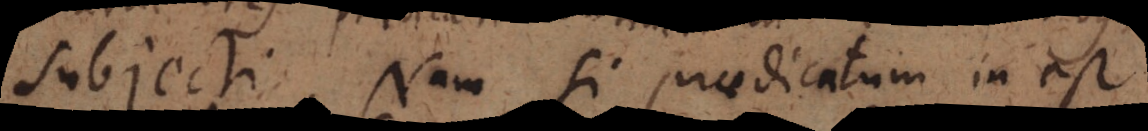
subjecti. Nam si praedicatum in est